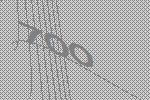
700